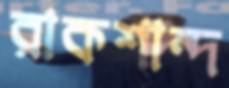
রাকশান্দ